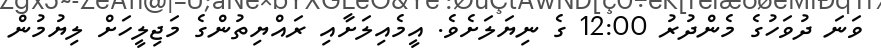
ވަނަ ދުވަހުގެ މެންދުރު 12:00 ގެ ނިޔަލަށެވެ. އީމެއިލަށާއި ރައްޔިތުންގެ މަޖިލީހަށް ލިޔުމުން